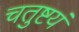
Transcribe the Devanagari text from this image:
चतुष्टयं